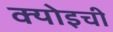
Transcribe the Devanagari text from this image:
क्योइची